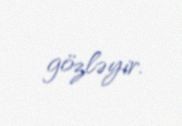
gözləyir.